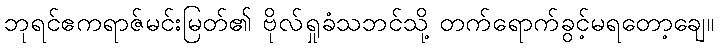
ဘုရင်ဧကရာဇ်မင်းမြတ်၏ ဗိုလ်ရှုခံသဘင်သို့ တက်ရောက်ခွင့်မရတော့ချေ။